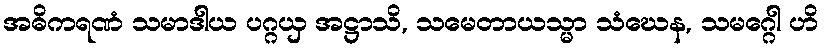
အဓိကရဏံ သမာဒါယ ပဂ္ဂယှ အဋ္ဌာသိ, သမေတာယသ္မာ သံဃေန, သမဂ္ဂေါ ဟိ